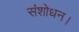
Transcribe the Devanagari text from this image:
संशोधन।